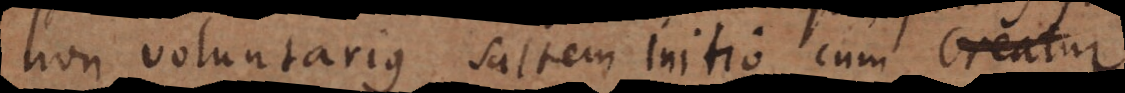
non voluntarius, saltem initio cum